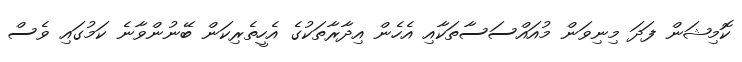
ކޮމިޝަން ފަދަ މިނިވަން މުއައްސަސާތަކާއި އެހެން އިދާރާތަކުގެ އެހީތެރިކަން ބޭނުންވާނެ ކަމުގައި ވެސް